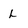
Character: L